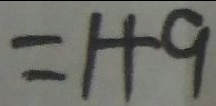
= 1 + 9